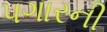
પગારની